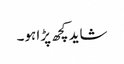
شاید کچھ پڑا ہو۔